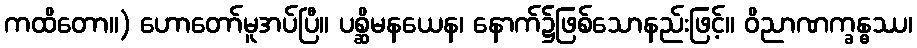
ကထိတော။) ဟောတော်မူအပ်ပြီ။ ပစ္ဆိမနယေန၊ နောက်၌ဖြစ်သောနည်းဖြင့်။ ဝိညာဏက္ခန္ဓဿ၊